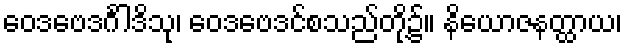
ဝေဒဗေဒင်္ဂါဒိသု၊ ဝေဒဗေဒင်စသည်တို့၌။ နိယောဇနတ္ထာယ၊